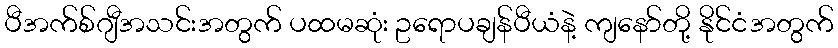
ပီအက်စ်ဂျီအသင်းအတွက် ပထမဆုံး ဥရောပချန်ပီယံနဲ့ ကျနော်တို့ နိုင်ငံအတွက်